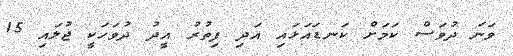
ވަނަ ދުވަސް ކަމަށް ކަނޑައަޅައި އަދި ފިތުރު އީދު ދުވަހަކީ ޖުލައި 15